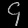
Digit: ၄